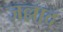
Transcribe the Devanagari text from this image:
ज़ल्लाद